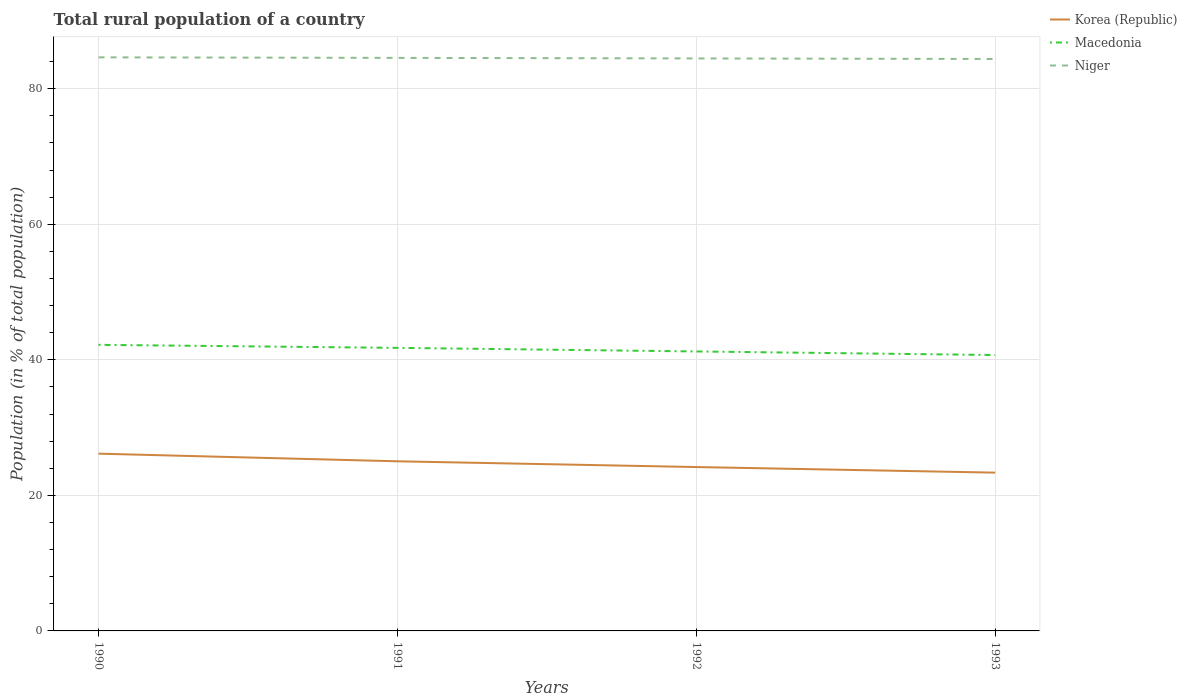
| Years | Korea (Republic) | Macedonia | Niger |
 | --- | --- | --- | --- |
 | 1990 | 26.2 | 42.2 | 84.6 |
 | 1991 | 25 | 41.8 | 84.6 |
 | 1992 | 24.2 | 41.2 | 84.5 |
 | 1993 | 23.4 | 40.7 | 84.4 |